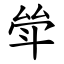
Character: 斚